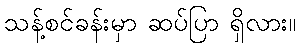
သန့်စင်ခန်းမှာ ဆပ်ပြာ ရှိလား။